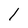
Character: 1